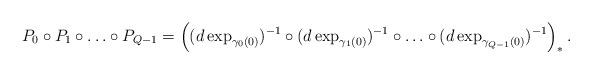
LaTeX: \begin{align*}P_0 \circ P_1 \circ \ldots \circ P_{Q-1} =\left( (d\exp_{\gamma_0(0)})^{-1} \circ (d\exp_{\gamma_1(0)})^{-1} \circ \ldots \circ (d\exp_{\gamma_{Q-1}(0)})^{-1} \right)_*.\end{align*}